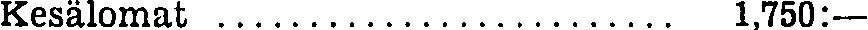
Kesälomat ......................... 1,750:—